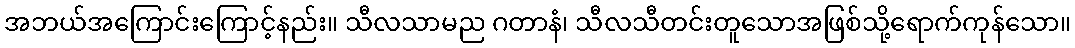
အဘယ်အကြောင်းကြောင့်နည်း။ သီလသာမည ဂတာနံ၊ သီလသီတင်းတူသောအဖြစ်သို့ရောက်ကုန်သော။